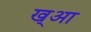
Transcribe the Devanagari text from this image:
ख्आ